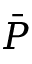
\bar { P }